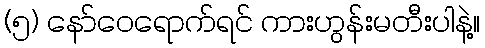
(၅) နော်ဝေရောက်ရင် ကားဟွန်းမတီးပါနဲ့။